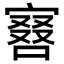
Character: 𠼆